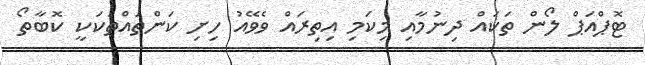
ޓޮޕްއަޕް ލޯން ތަކައް ދިނުމާއި މިކަމި އިތިރައް ވެވޭއު ހިށި ކަންތައްތަކަކީ ކޮބާތޯ